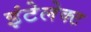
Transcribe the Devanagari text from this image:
इंटेलेक्ट